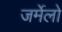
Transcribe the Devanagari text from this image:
जर्मेलो